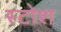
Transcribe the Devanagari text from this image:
स्टोश